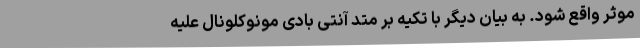
موثر واقع شود. به بیان دیگر با تکیه بر متد آنتی بادی مونوکلونال علیه